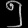
Digit: ၅